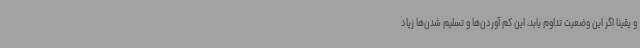
و یقینا اگر این وضعیت تداوم یابد، این کم آوردن‌ها و تسلیم شدن‌ها زیاد